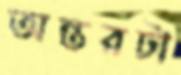
অন্তরটা